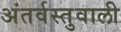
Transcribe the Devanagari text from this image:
अंतर्वस्तुवाली